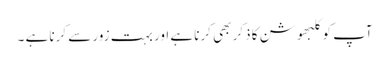
آپ کو کلبھوشن کا ذکر بھی کرنا ہے اور بہت زور سے کرنا ہے ۔